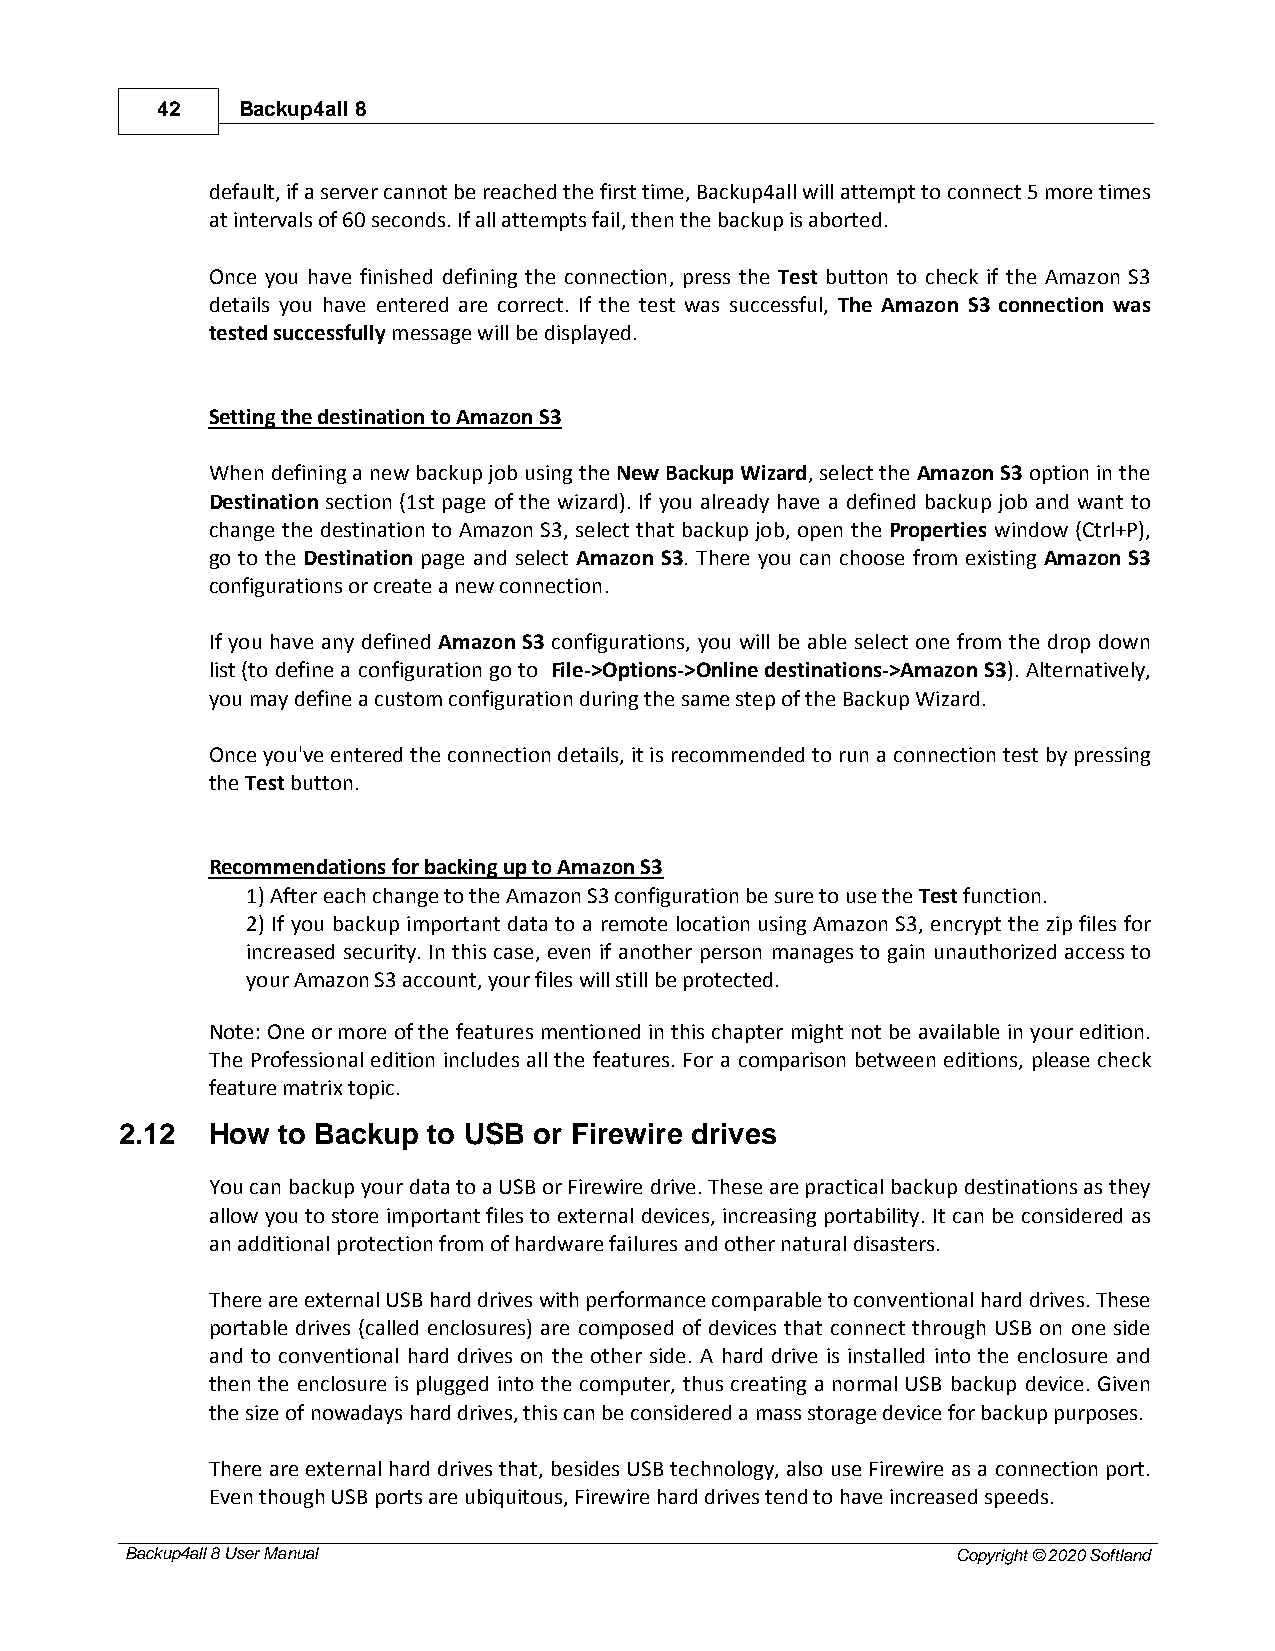
42    Backup4all 8
 default, if a server cannot be reached the first time, Backup4all will attempt to connect 5 more times
 at intervals of 60 seconds. If all attempts fail, then the backup is aborted.
 Once you have finished defining the connection, press the Test button to check if the Amazon S3
 details you have entered are correct. If the test was successful, The Amazon S3 connection was
 tested successfully message will be displayed.
 Setting the destination to Amazon S3
 When defining a new backup job using the New Backup Wizard, select the Amazon S3 option in the
 Destination section (1st page of the wizard). If you already have a defined backup job and want to
 change the destination to Amazon S3, select that backup job, open the Properties window (Ctrl+P),
 go to the Destination page and select Amazon S3. There you can choose from existing Amazon S3
 configurations or create a new connection.
 If you have any defined Amazon S3 configurations, you will be able select one from the drop down
 list (to define a configuration go to File->Options->Online destinations->Amazon S3). Alternatively,
 you may define a custom configuration during the same step of the Backup Wizard.
 Once you've entered the connection details, it is recommended to run a connection test by pressing
 the Test button.
 Recommendations for backing up to Amazon S3
 1) After each change to the Amazon S3 configuration be sure to use the Test function.
 2) If you backup important data to a remote location using Amazon S3, encrypt the zip files for
 increased security. In this case, even if another person manages to gain unauthorized access to
 your Amazon S3 account, your files will still be protected.
 Note: One or more of the features mentioned in this chapter might not be available in your edition.
 The Professional edition includes all the features. For a comparison between editions, please check
 feature matrix topic.
 2.12  How to Backup to USB or Firewire drives
 You can backup your data to a USB or Firewire drive. These are practical backup destinations as they
 allow you to store important files to external devices, increasing portability. It can be considered as
 an additional protection from of hardware failures and other natural disasters.
 There are external USB hard drives with performance comparable to conventional hard drives. These
 portable drives (called enclosures) are composed of devices that connect through USB on one side
 and to conventional hard drives on the other side. A hard drive is installed into the enclosure and
 then the enclosure is plugged into the computer, thus creating a normal USB backup device. Given
 the size of nowadays hard drives, this can be considered a mass storage device for backup purposes.
 There are external hard drives that, besides USB technology, also use Firewire as a connection port.
 Even though USB ports are ubiquitous, Firewire hard drives tend to have increased speeds.
 Backup4all 8 User Manual                               Copyright © 2020 Softland